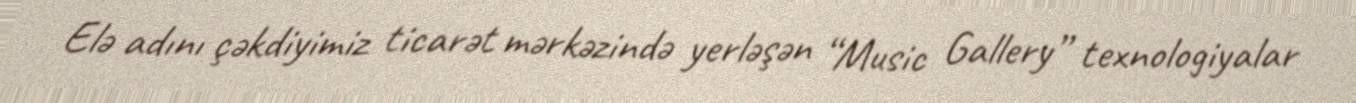
Elə adını çəkdiyimiz ticarət mərkəzində yerləşən “Music Gallery” texnologiyalar